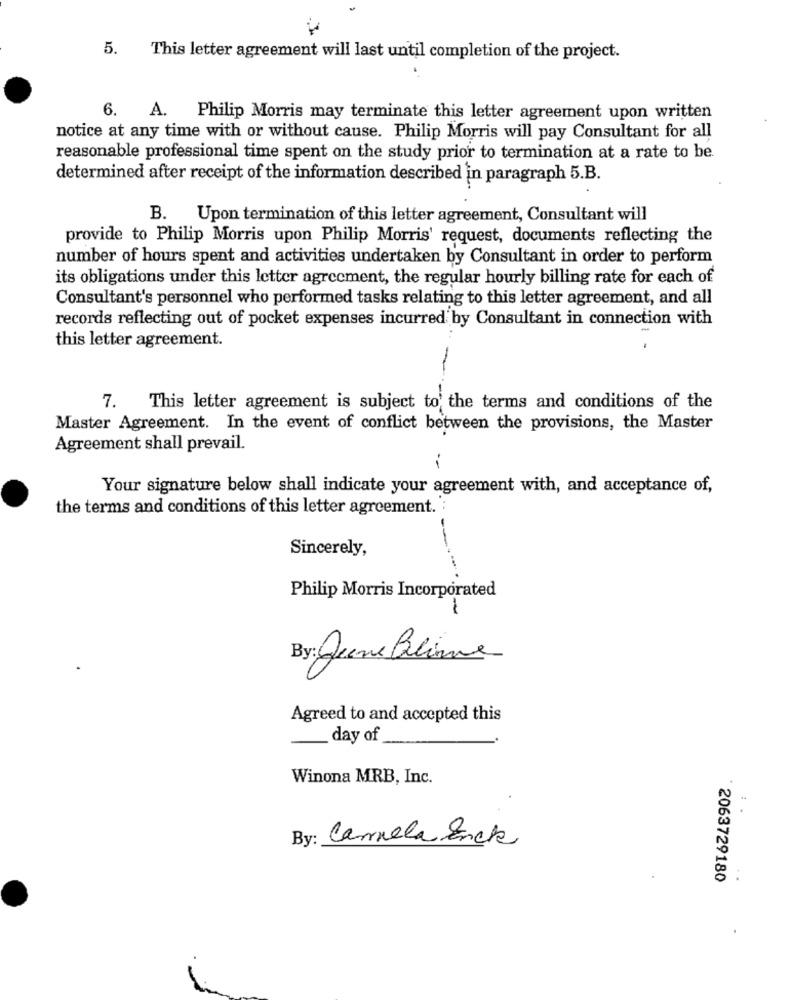
5. This letter agreement will last until completion of the project.
6. A. Philip Morris may terminate this letter agreement upon written
notice at any time with or without cause. Philip Morris will pay Consultant for all
reasonable professional time spent on the study prior to termination at a rate to be.
determined after receipt of the information described in paragraph 5.B.
B.
Upon termination of this letter agreement, Consultant will
provide to Philip Morris upon Philip Morris' request, documents reflecting the
number of hours spent and activities undertaken by Consultant in order to perform
its obligations under this letter agreement, the regular hourly billing rate for each of
Consultant's personnel who performed tasks relating to this letter agreement, and all
records reflecting out of pocket expenses incurred by Consultant in connection with
this letter agreement.
-
-
7. This letter agreement is subject to the terms and conditions of the
Master Agreement. In the event of conflict between the provisions, the Master
Agreement shall prevail.
..
Your signature below shall indicate your agreement with, and acceptance of,
the terms and conditions of this letter agreement. :
Sincerely,
Philip Morris Incorporated
By: Jene Bline
Agreed to and accepted this
day of
Winona MRB, Inc.
By: Carnela Enck
2063729180